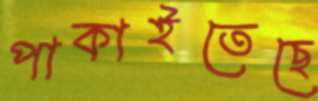
পাকাইতেছে